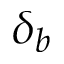
\delta _ { b }